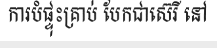
ការបំផ្ទុះគ្រាប់ បែកជាស៊េរី នៅ